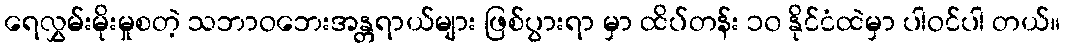
ရေလွှမ်းမိုးမှုစတဲ့ သဘာဝဘေးအန္တရာယ်များ ဖြစ်ပွားရာ မှာ ထိပ်တန်း ၁၀ နိုင်ငံထဲမှာ ပါဝင်ပါ တယ်။